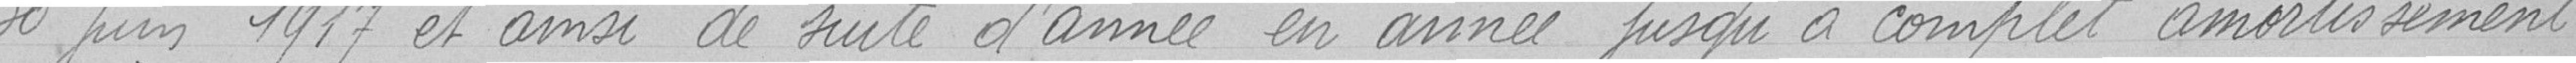
30 Juin 1917 et ainsi de suite d'année en année jusqu'à complet amortissement